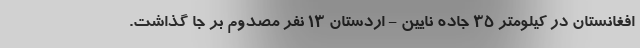
افغانستان در کیلومتر ۳۵ جاده نایین - اردستان ۱۳ نفر مصدوم بر جا گذاشت.